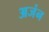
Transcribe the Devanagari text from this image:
अजंन